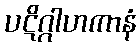
ပဋိဂ္ဂါဟကာနံ